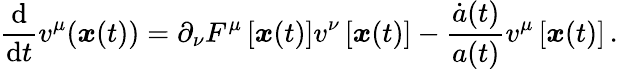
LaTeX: \frac{\mathrm{d}}{\mathrm{d}t}v^{\mu}(\boldsymbol{x}(t))=\partial_{\nu}F^{\mu}\left[\boldsymbol{x}(t)\right]v^{\nu}\left[\boldsymbol{x}(t)\right]-\frac{\dot{a}(t)}{a(t)}v^{\mu}\left[\boldsymbol{x}(t)\right]\, .